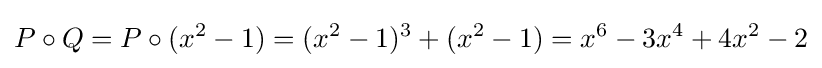
P\circ Q=P\circ (x^{2}-1)=(x^{2}-1)^{3}+(x^{2}-1)=x^{6}-3x^{4}+4x^{2}-2